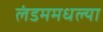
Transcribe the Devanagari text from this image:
लंडममधल्या